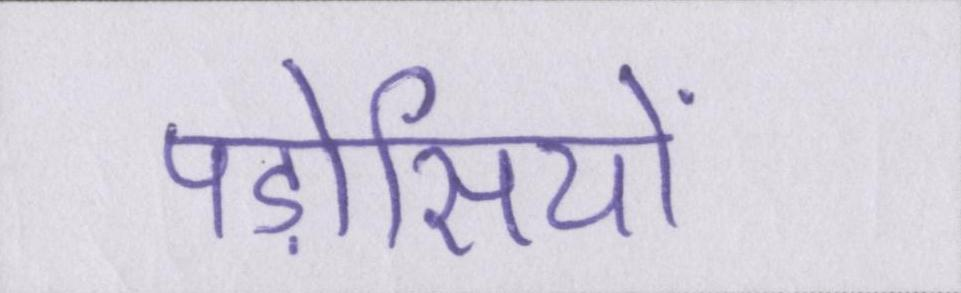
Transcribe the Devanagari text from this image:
पड़ोसियों